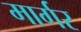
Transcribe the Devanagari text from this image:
मार्गर